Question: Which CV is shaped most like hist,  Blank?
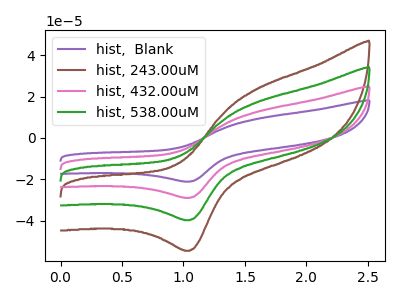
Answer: <think>The purple curve "hist,  Blank" has an anodic peak at (1.60V, 50.90uA) and a cathodic peak at (1.05V, -119.40uA). The brown curve "hist, 243.00uM" has an anodic peak at (1.60V, 23.30uA) and a cathodic peak at (1.05V, -54.60uA). The pink curve "hist, 432.00uM" has an anodic peak at (1.60V, 33.95uA) and a cathodic peak at (1.05V, -79.60uA). The green curve "hist, 538.00uM" has an anodic peak at (1.60V, 16.95uA) and a cathodic peak at (1.05V, -39.80uA).
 All the peaks in "hist,  Blank" have a peak in "hist, 243.00uM" at the same potential. Every peak in "hist,  Blank" is higher than every peak in "hist, 243.00uM". All the peaks in "hist,  Blank" have a peak in "hist, 432.00uM" at the same potential. Every peak in "hist,  Blank" is higher than every peak in "hist, 432.00uM". All the peaks in "hist,  Blank" have a peak in "hist, 538.00uM" at the same potential. Every peak in "hist,  Blank" is higher than every peak in "hist, 538.00uM". All the peaks in "hist, 243.00uM" have a peak in "hist, 432.00uM" at the same potential. Every peak in "hist, 243.00uM" is lower than every peak in "hist, 432.00uM". All the peaks in "hist, 243.00uM" have a peak in "hist, 538.00uM" at the same potential. Every peak in "hist, 243.00uM" is higher than every peak in "hist, 538.00uM". All the peaks in "hist, 432.00uM" have a peak in "hist, 538.00uM" at the same potential. Every peak in "hist, 432.00uM" is higher than every peak in "hist, 538.00uM".</think>
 <answer>"hist,  Blank", "hist, 432.00uM" and "hist, 538.00uM" have a similar shape to "hist, 243.00uM".</answer>
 <eval>"hist,  Blank" "hist, 432.00uM" "hist, 538.00uM"</eval>